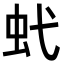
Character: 𧈺